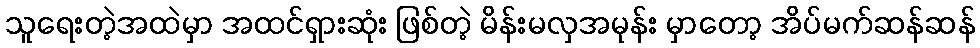
သူရေးတဲ့အထဲမှာ အထင်ရှားဆုံး ဖြစ်တဲ့ မိန်းမလှအမုန်း မှာတော့ အိပ်မက်ဆန်ဆန်